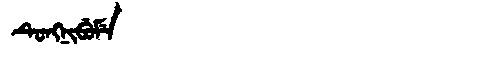
Manchu: ᡨᡠᠩᠨᡳᠪᡠᠮᡝ
Romanization: TUNGNIBUME